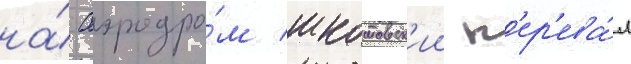
на́ аэродро́м шкотовск'ии п'ер'ева́л